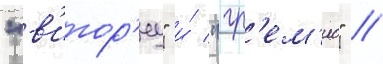
"в'итор'иу" и́ "гр'ем'ио" //